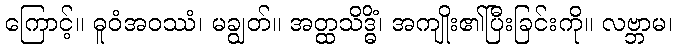
ကြောင့်။ ဓူဝံအဝဿံ၊ မချွတ်။ အတ္ထသိဒ္ဓိံ၊ အကျိုး၏ပြီးခြင်းကို။ လဗ္ဘာမ၊